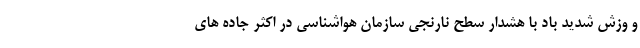
و وزش شدید باد با هشدار سطح نارنجی سازمان هواشناسی در اکثر جاده های